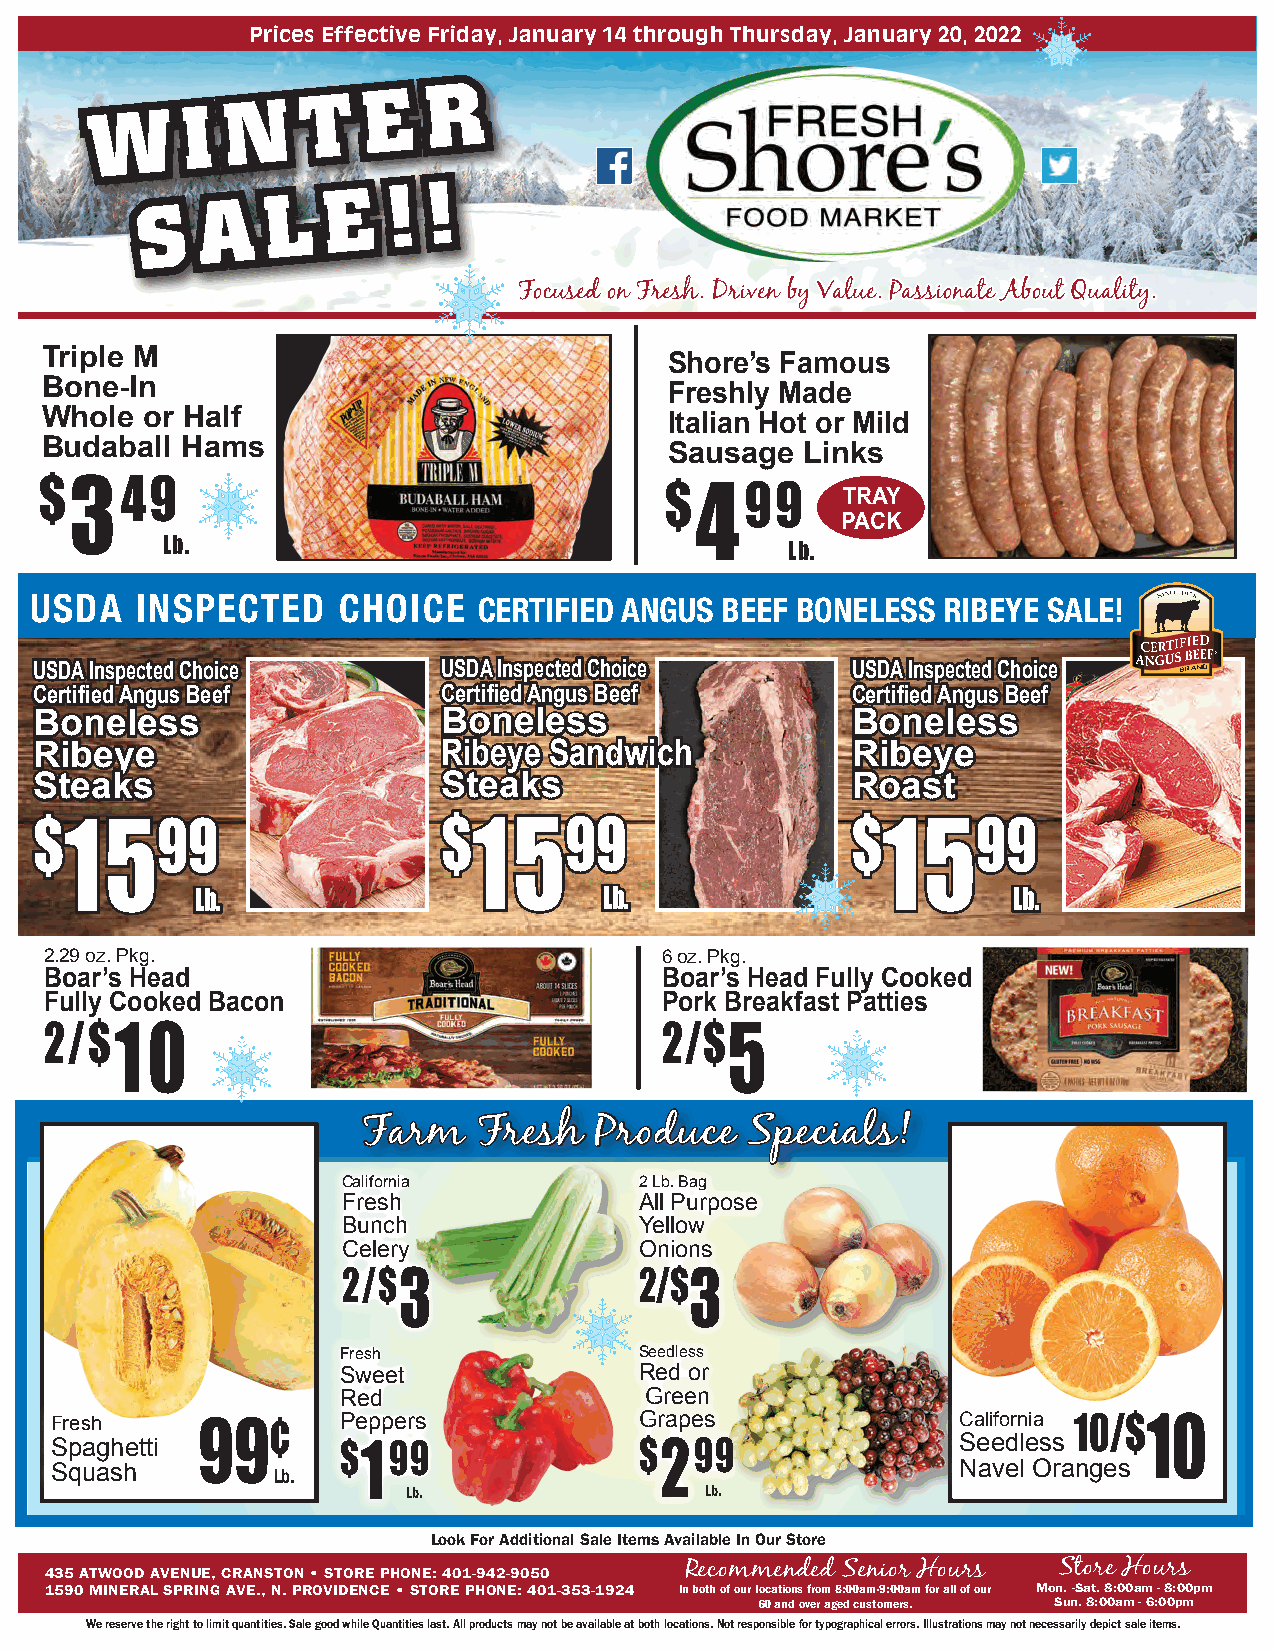
Prices Effective Friday, January 14 through Thursday, January 20, 2022
 N    T   E   R
 W     I
 S   A    L   E   ! !
 Focused on Fresh. Driven by Value. Passionate About Quality.
 Triple M                                 Shore’s Famous
 Bone-In                                  Freshly Made
 Whole or Half                            Italian Hot or Mild
 Budaball Hams                            Sausage  Links
 $349                                     $499
 TRAY
 PACK
 Lb.                                      Lb.
 USDA   INSPECTED    CHOICE    CERTIFIED ANGUS BEEF BONElESS RIBEyE SAlE!
 USDA Inspected Choice      USDA Inspected Choice      USDA Inspected Choice
 Certified Angus Beef       Certified Angus Beef       Certified Angus Beef
 Boneless                   Boneless                   Boneless
 Ribeye                     Ribeye Sandwich            Ribeye
 Steaks                     Steaks                     Roast
 $1599                      $1599                      $1599
 Lb.                        Lb.                        Lb.
 2.29 oz. Pkg.                            6 oz. Pkg.
 Boar’s Head                              Boar’s Head Fully Cooked
 Fully Cooked Bacon                       Pork Breakfast Patties
 2/$10                                    2/$5
 Farm    Fresh  Produce    Specials!
 California         2 Lb. Bag
 Fresh              All Purpose
 Bunch              Yellow
 Celery             Onions
 2/$3               2/$3
 Fresh               Seedless
 Sweet               Red or
 Red                  Green
 Fresh     99¢      Peppers             Grapes                California 10/$10
 Spaghetti          $199                $299                  Seedless
 Squash         Lb.                                           Navel Oranges
 Lb.                 Lb.
 Look For Additional Sale Items Available In Our Store
 435 ATWOOD AVENUE, CRANSTON • STORE PHONE: 401-942-9050 Recommended Senior Hours Store Hours
 1590 MINERAL SPRING AVE., N. PROVIDENCE • STORE PHONE: 401-353-1924 In both of our locations from 8:00am-9:00am for all of our Mon. -Sat. 8:00am - 8:00pm
 60 and over aged customers. Sun. 8:00am - 6:00pm
 We reserve the right to limit quantities. Sale good while Quantities last. All products may not be available at both locations. Not responsible for typographical errors. Illustrations may not necessarily depict sale items.